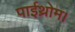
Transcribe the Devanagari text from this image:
पाईथ्रोम।